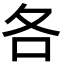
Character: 各